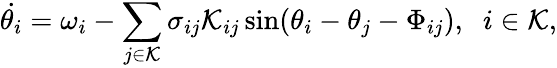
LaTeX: \dot{\theta_{i}}=\omega_{i}-\sum_{j\in{\cal K}}\sigma_{ij}{\mathcal{K}_{ij}}\sin(\theta_{i}-\theta_{j}-\Phi_{ij}),\; \; i\in\mathcal{K},